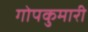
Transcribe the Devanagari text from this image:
गोपकुमारी